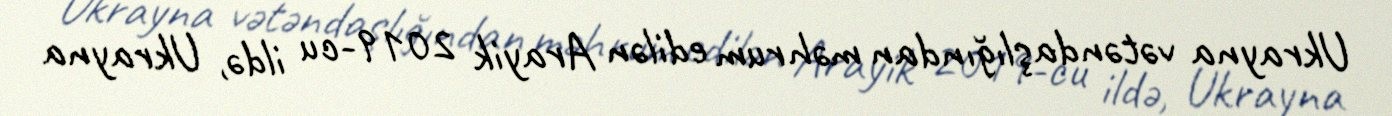
Ukrayna vətəndaşlığından məhrum edilən Arayik 2019-cu ildə, Ukrayna